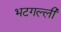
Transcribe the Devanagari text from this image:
भटगल्ली